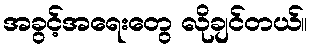
အခွင့်အရေးတွေ လိုချင်တယ်။